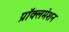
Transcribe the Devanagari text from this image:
प्रॉक्लमेशन